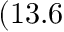
( 1 3 . 6 \